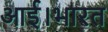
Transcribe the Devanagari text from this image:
आई।भारत